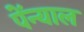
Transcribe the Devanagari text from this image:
पेंन्याल